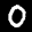
Label: 0